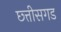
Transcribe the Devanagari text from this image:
छ्त्तीसगड